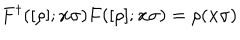
LaTeX: F ^ { \dagger } ( [ \rho ] ; { \bf { x } } \sigma ) F ( [ \rho ] ; { \bf { x } } \sigma ) = \rho ( { \bf { x } } \sigma )